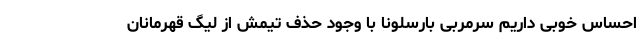
احساس خوبی داریم سرمربی بارسلونا با وجود حذف تیمش از لیگ قهرمانان